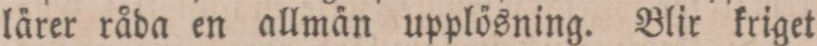
lärer råda en allmän upplösning. Blir kriget